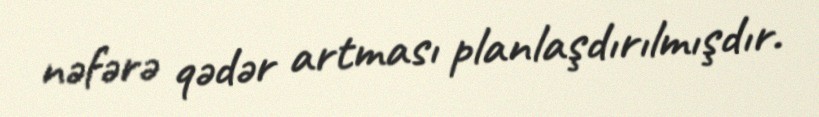
nəfərə qədər artması planlaşdırılmışdır.